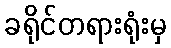
ခရိုင်တရားရုံးမှ